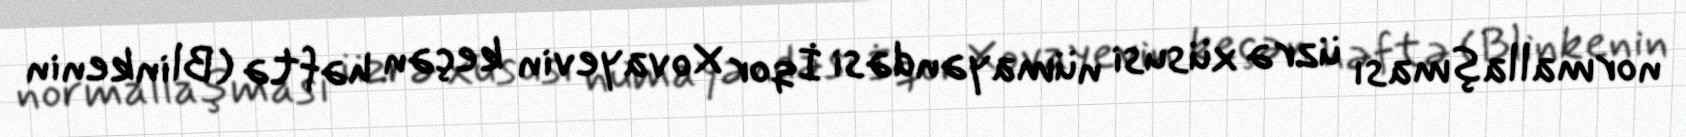
normallaşması üzrə xüsusi nümayəndəsi İqor Xovayevin keçən həftə (Blinkenin